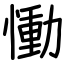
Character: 慟